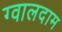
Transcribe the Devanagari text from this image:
ग्वालदाम